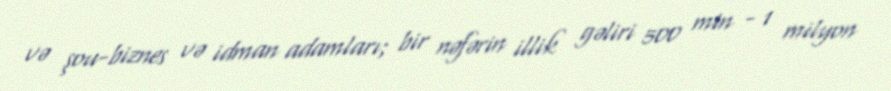
və şou-biznes və idman adamları; bir nəfərin illik gəliri 500 min - 1 milyon